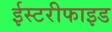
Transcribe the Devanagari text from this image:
ईस्टरीफाइड